Rangoon Lunatic Asylum 1878-1892 - 1878-1892
Year: 1878
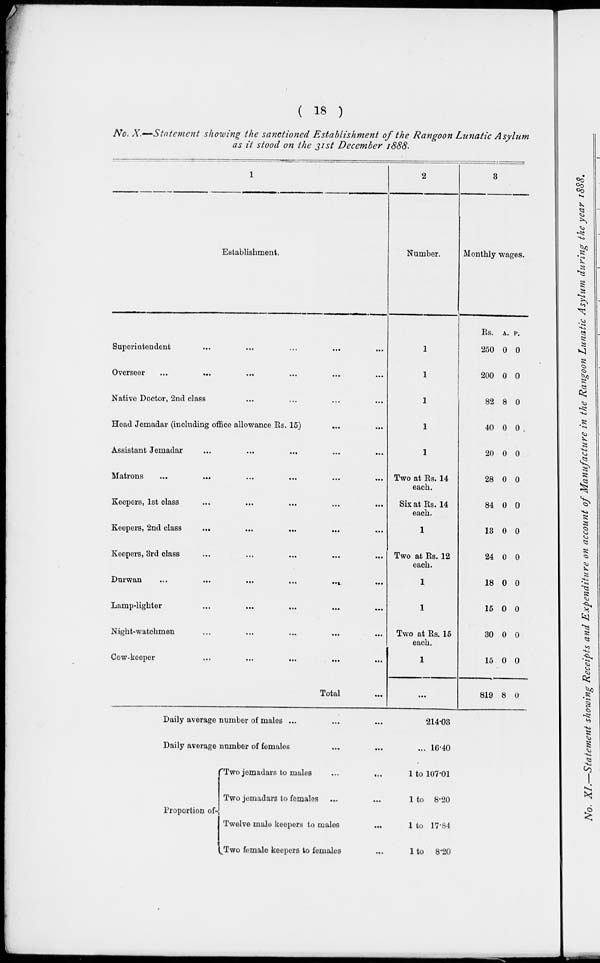
( 18 )
No. X.—Statement showing the sanctioned Establishment of the Rangoon Lunatic Asylum
as it stood on the 31st December 1888.
1
Establishment.
Superintendent ... ... ... ... ...
Overseer ... ... ... ... ... ...
Native Doctor, 2nd class ... ... ... ...
Head Jemadar (including office allowance Rs. 15) ... ...
Assistant Jemadar ... ... ... ... ...
Matrons
...
... ... ... ... ...
Keepers, 1st class ... ... ... ... ...
Keepers, 2nd class ... ... ... ... ...
Keepers, 3rd class ... ... ... ... ...
Durwan
...
...
...
...
...
...
Lamp-lighter ... ... ... ... ...
Night-watchmen ... ... ... ... ...
Cow-keeper ... ... ... ... ...
Total ...
2
Number.
1
1
1
1
1
Two at Rs. 14
each.
Six at Rs. 14
each.
1
Two at Rs. 12
each.
1
1
Two at Rs. 15
each.
1
...
3
Monthly wages.
Rs.
250
200
82
40
20
28
84
13
24
18
15
30
15
819
A.
0
0
8
0
0
0
0
0
0
0
0
0
0
8
P.
0
0
0
0
0
0
0
0
0
0
0
0
0
0
Daily average number of males ... ... ...
Daily average number of females ... ...
Proportion of
Two jemadars to males
...
...
Two jemadars to females ... ...
Twelve male keepers to males ...
Two female keepers to females ...
214.03
... 16.40
1 to 107.01
1 to 8.20
1 to 17.84
1 to 8.20